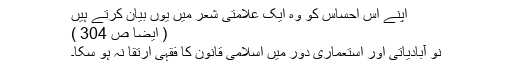
اپنے اس احساس کو وہ ایک علامتی شعر میں یوں بیان کرتے ہیں
( ایضاً ص 304 )
نو آبادیاتی اور استعماری دور میں اسلامی قانون کا فقہی ارتقا نہ ہو سکا۔